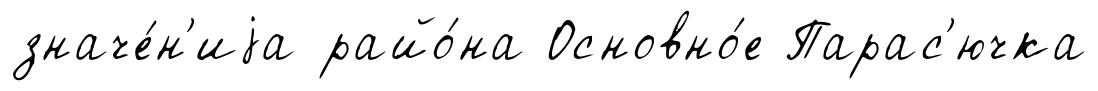
значе́н'иjа райо́на Основно́е Парас'ючка